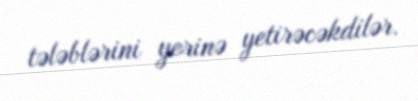
tələblərini yerinə yetirəcəkdilər.